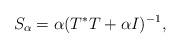
LaTeX: \begin{align*}S_\alpha = \alpha (T^* T + \alpha I)^{-1},\end{align*}